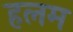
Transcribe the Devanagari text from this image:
हलम